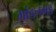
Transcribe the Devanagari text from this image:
मांडलगड